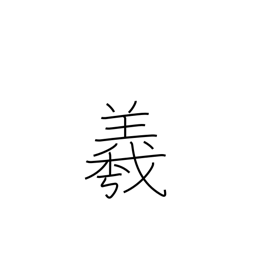
Meaning: used in proper names